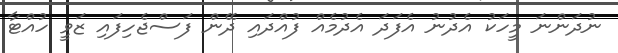
ނުދަންނަ މީހަކު އެދުނު އެފަދަ އެދުމެއް ފުއްދައި ދޭން ފަސްޖެހިފައި ޒަވީ ހުއްޓާ